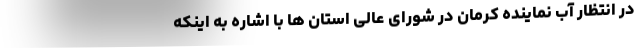
در انتظار آب نماینده کرمان در شورای عالی استان ها با اشاره به اینکه